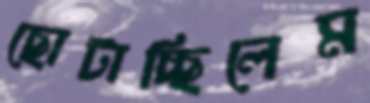
ছোটাচ্ছিলেম